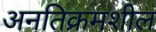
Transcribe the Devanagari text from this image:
अनतिक्रमशील